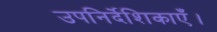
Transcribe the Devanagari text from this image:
उपनिर्देशिकाएँ।